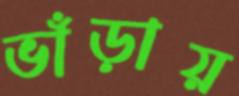
ভাঁড়ায়